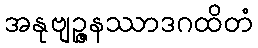
အနုဗျဉ္ဇနဿာဒဂထိတံ